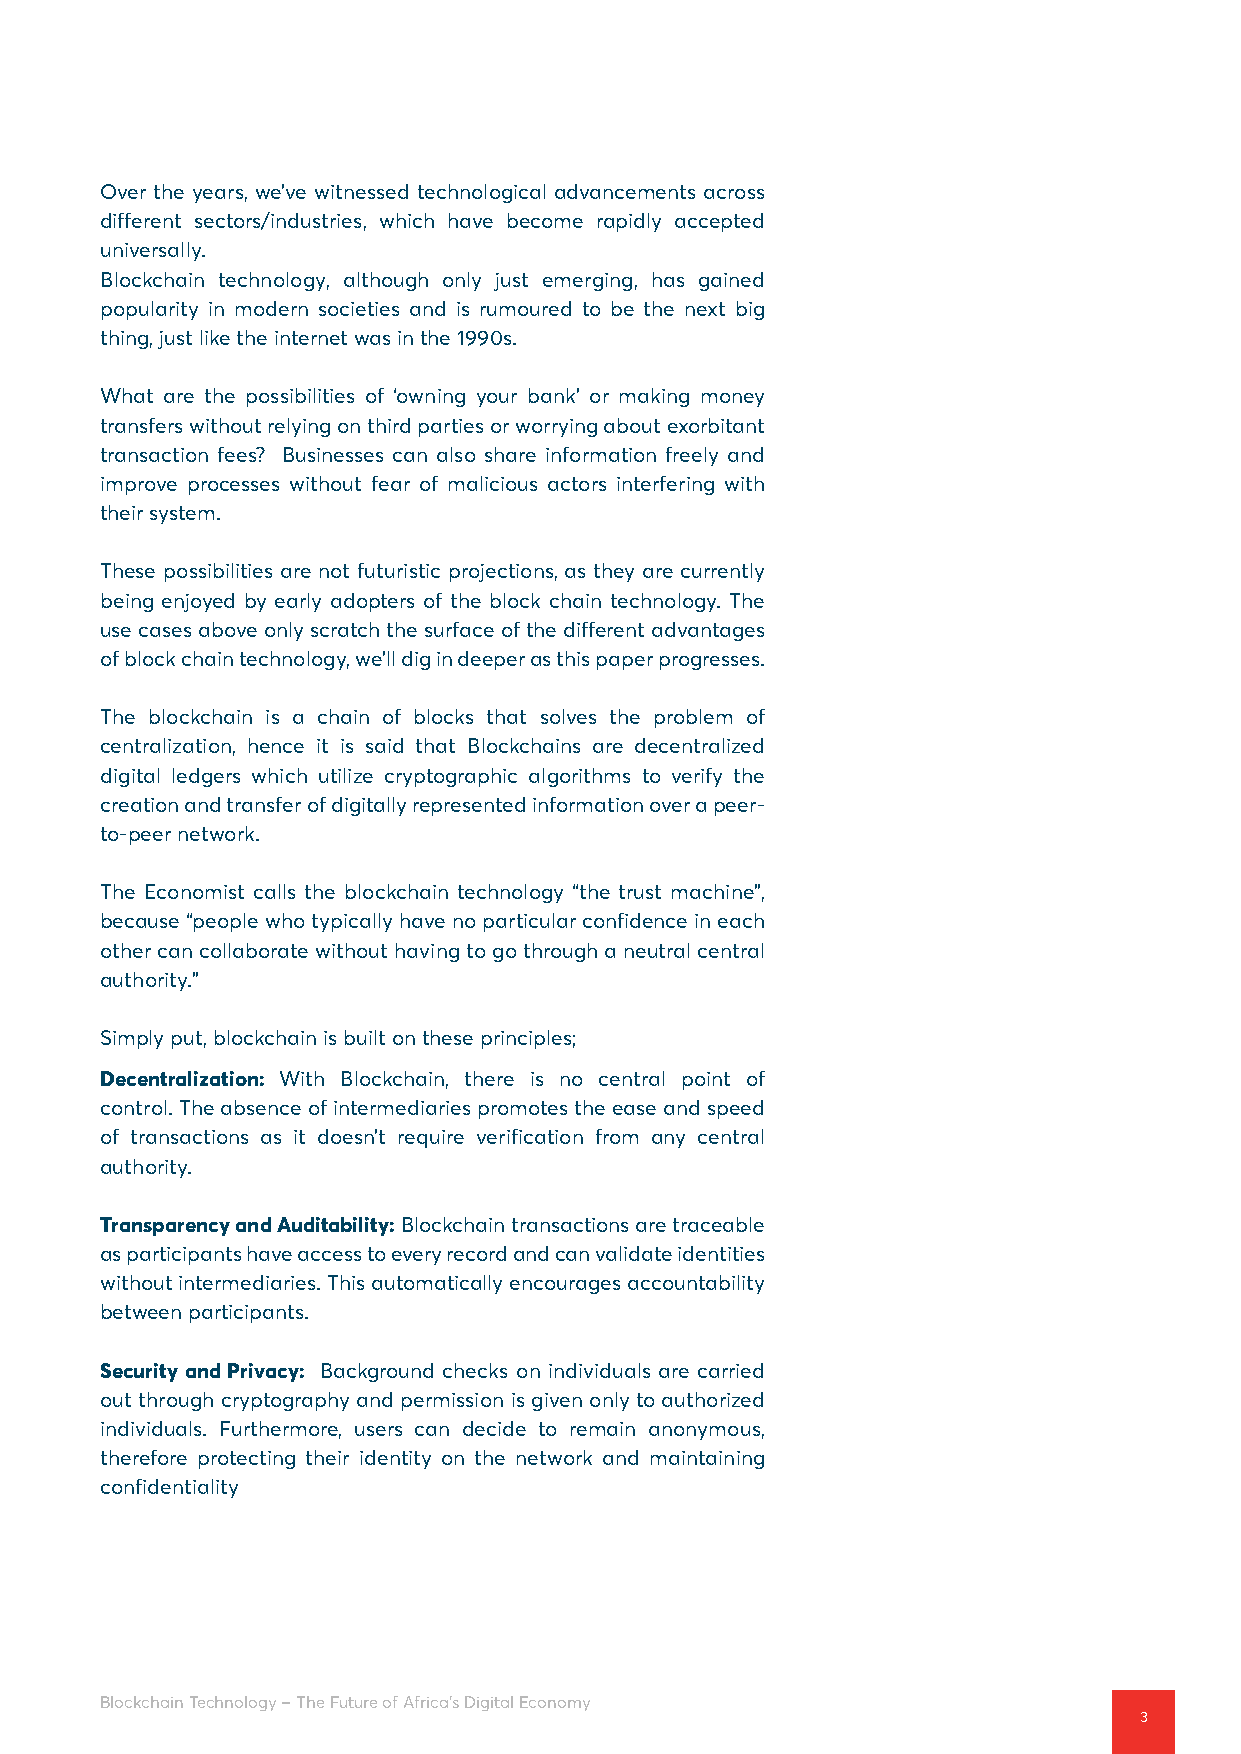
Over the years, we’ve witnessed technological advancements across
 different sectors/industries, which have become rapidly accepted
 universally.
 Blockchain technology, although only just emerging, has gained
 popularity in modern societies and is rumoured to be the next big
 thing, just like the internet was in the 1990s.
 What are the possibilities of ‘owning your bank’ or making money
 transfers without relying on third parties or worrying about exorbitant
 transaction fees? Businesses can also share information freely and
 improve processes without fear of malicious actors interfering with
 their system.
 These possibilities are not futuristic projections, as they are currently
 being enjoyed by early adopters of the block chain technology. The
 use cases above only scratch the surface of the different advantages
 of block chain technology, we’ll dig in deeper as this paper progresses.
 The blockchain is a chain of blocks that solves the problem of
 centralization, hence it is said that Blockchains are decentralized
 digital ledgers which utilize cryptographic algorithms to verify the
 creation and transfer of digitally represented information over a peer-
 to-peer network.
 The Economist calls the blockchain technology “the trust machine”,
 because “people who typically have no particular confidence in each
 other can collaborate without having to go through a neutral central
 authority.”
 Simply put, blockchain is built on these principles;
 Decentralization: With Blockchain, there is no central point of
 control. The absence of intermediaries promotes the ease and speed
 of transactions as it doesn’t require verification from any central
 authority.
 Transparency and Auditability: Blockchain transactions are traceable
 as participants have access to every record and can validate identities
 without intermediaries. This automatically encourages accountability
 between participants.
 Security and Privacy: Background checks on individuals are carried
 out through cryptography and permission is given only to authorized
 individuals. Furthermore, users can decide to remain anonymous,
 therefore protecting their identity on the network and maintaining
 confidentiality
 Blockchain Technology – The Future of Africa’s Digital Economy
 3